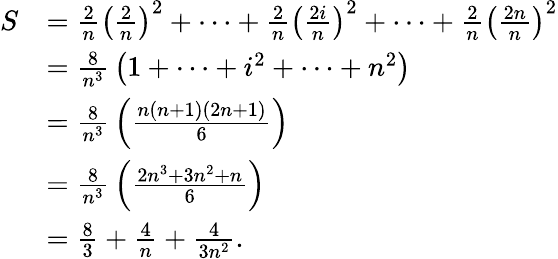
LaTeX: {\begin{array}{rl}{S}&{={\frac{2}{n}}\left({\frac{2}{n}}\right)^{2}+\dots+{\frac{2}{n}}\left({\frac{2i}{n}}\right)^{2}+\dots+{\frac{2}{n}}\left({\frac{2n}{n}}\right)^{2}}\\ &{={\frac{8}{n^{3}}}\left(1+\dots+i^{2}+\dots+n^{2}\right)}\\ &{={\frac{8}{n^{3}}}\left({\frac{n(n+1)(2n+1)}{6}}\right)}\\ &{={\frac{8}{n^{3}}}\left({\frac{2n^{3}+3n^{2}+n}{6}}\right)}\\ &{={\frac{8}{3}}+{\frac{4}{n}}+{\frac{4}{3n^{2}}}.}\end{array}}